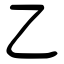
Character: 乙